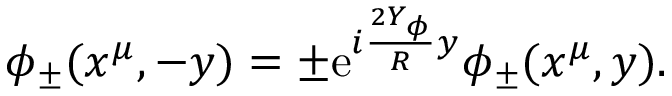
\phi _ { \pm } ( x ^ { \mu } , - y ) = \pm \mathrm { e } ^ { i \frac { 2 Y _ { \phi } } { R } y } \phi _ { \pm } ( x ^ { \mu } , y ) .